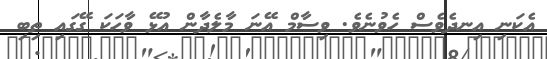
އެކަނި އިނދެވެސް ހެވުނެވެ. ވިސާމް އޭނަ މާލެދާން އުޅޭ ވާހަކަ ގޭގައި ތިބި